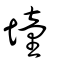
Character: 墥